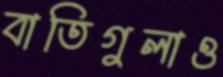
বাতিগুলাও